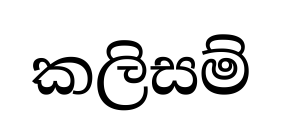
කලිසම්